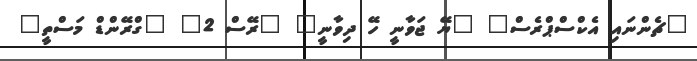
"ޗެންނައި އެކްސްޕްރެސް" "ޔޭ ޖަވާނީ ހޭ ދިވާނީ" "ރޭސް 2" "ގްރޭންޑް މަސްތީ"